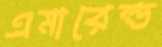
এমারেল্ড